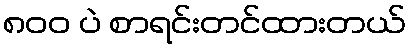
၈၀၀ ပဲ စာရင်းတင်ထားတယ်